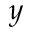
\boldsymbol { y }